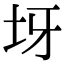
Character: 𡉪